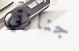
جنازتي